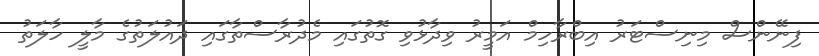
ފިނޭންސް މިނިސްޓަރު އިބްރާހިމް އަމީރު ވިދާޅުވި ގޮތުގައި މެދުރާސްތާގައި ދައުލަތުގެ މާލީ ހާލަތު